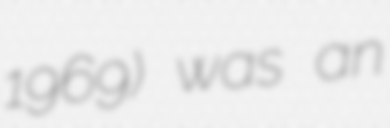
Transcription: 1969) was an